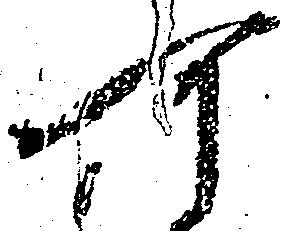
可